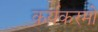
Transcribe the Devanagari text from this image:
कर्यकरमो